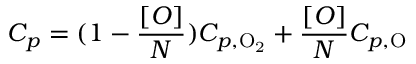
C _ { p } = ( 1 - \frac { [ O ] } { N } ) C _ { p , \mathrm { O _ { 2 } } } + \frac { [ O ] } { N } C _ { p , \mathrm { O } }